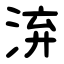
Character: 㳰